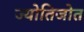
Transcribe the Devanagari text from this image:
ज्योतिजोत